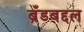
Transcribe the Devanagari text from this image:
ब्रँडबद्दल